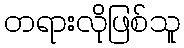
တရားလိုဖြစ်သူ